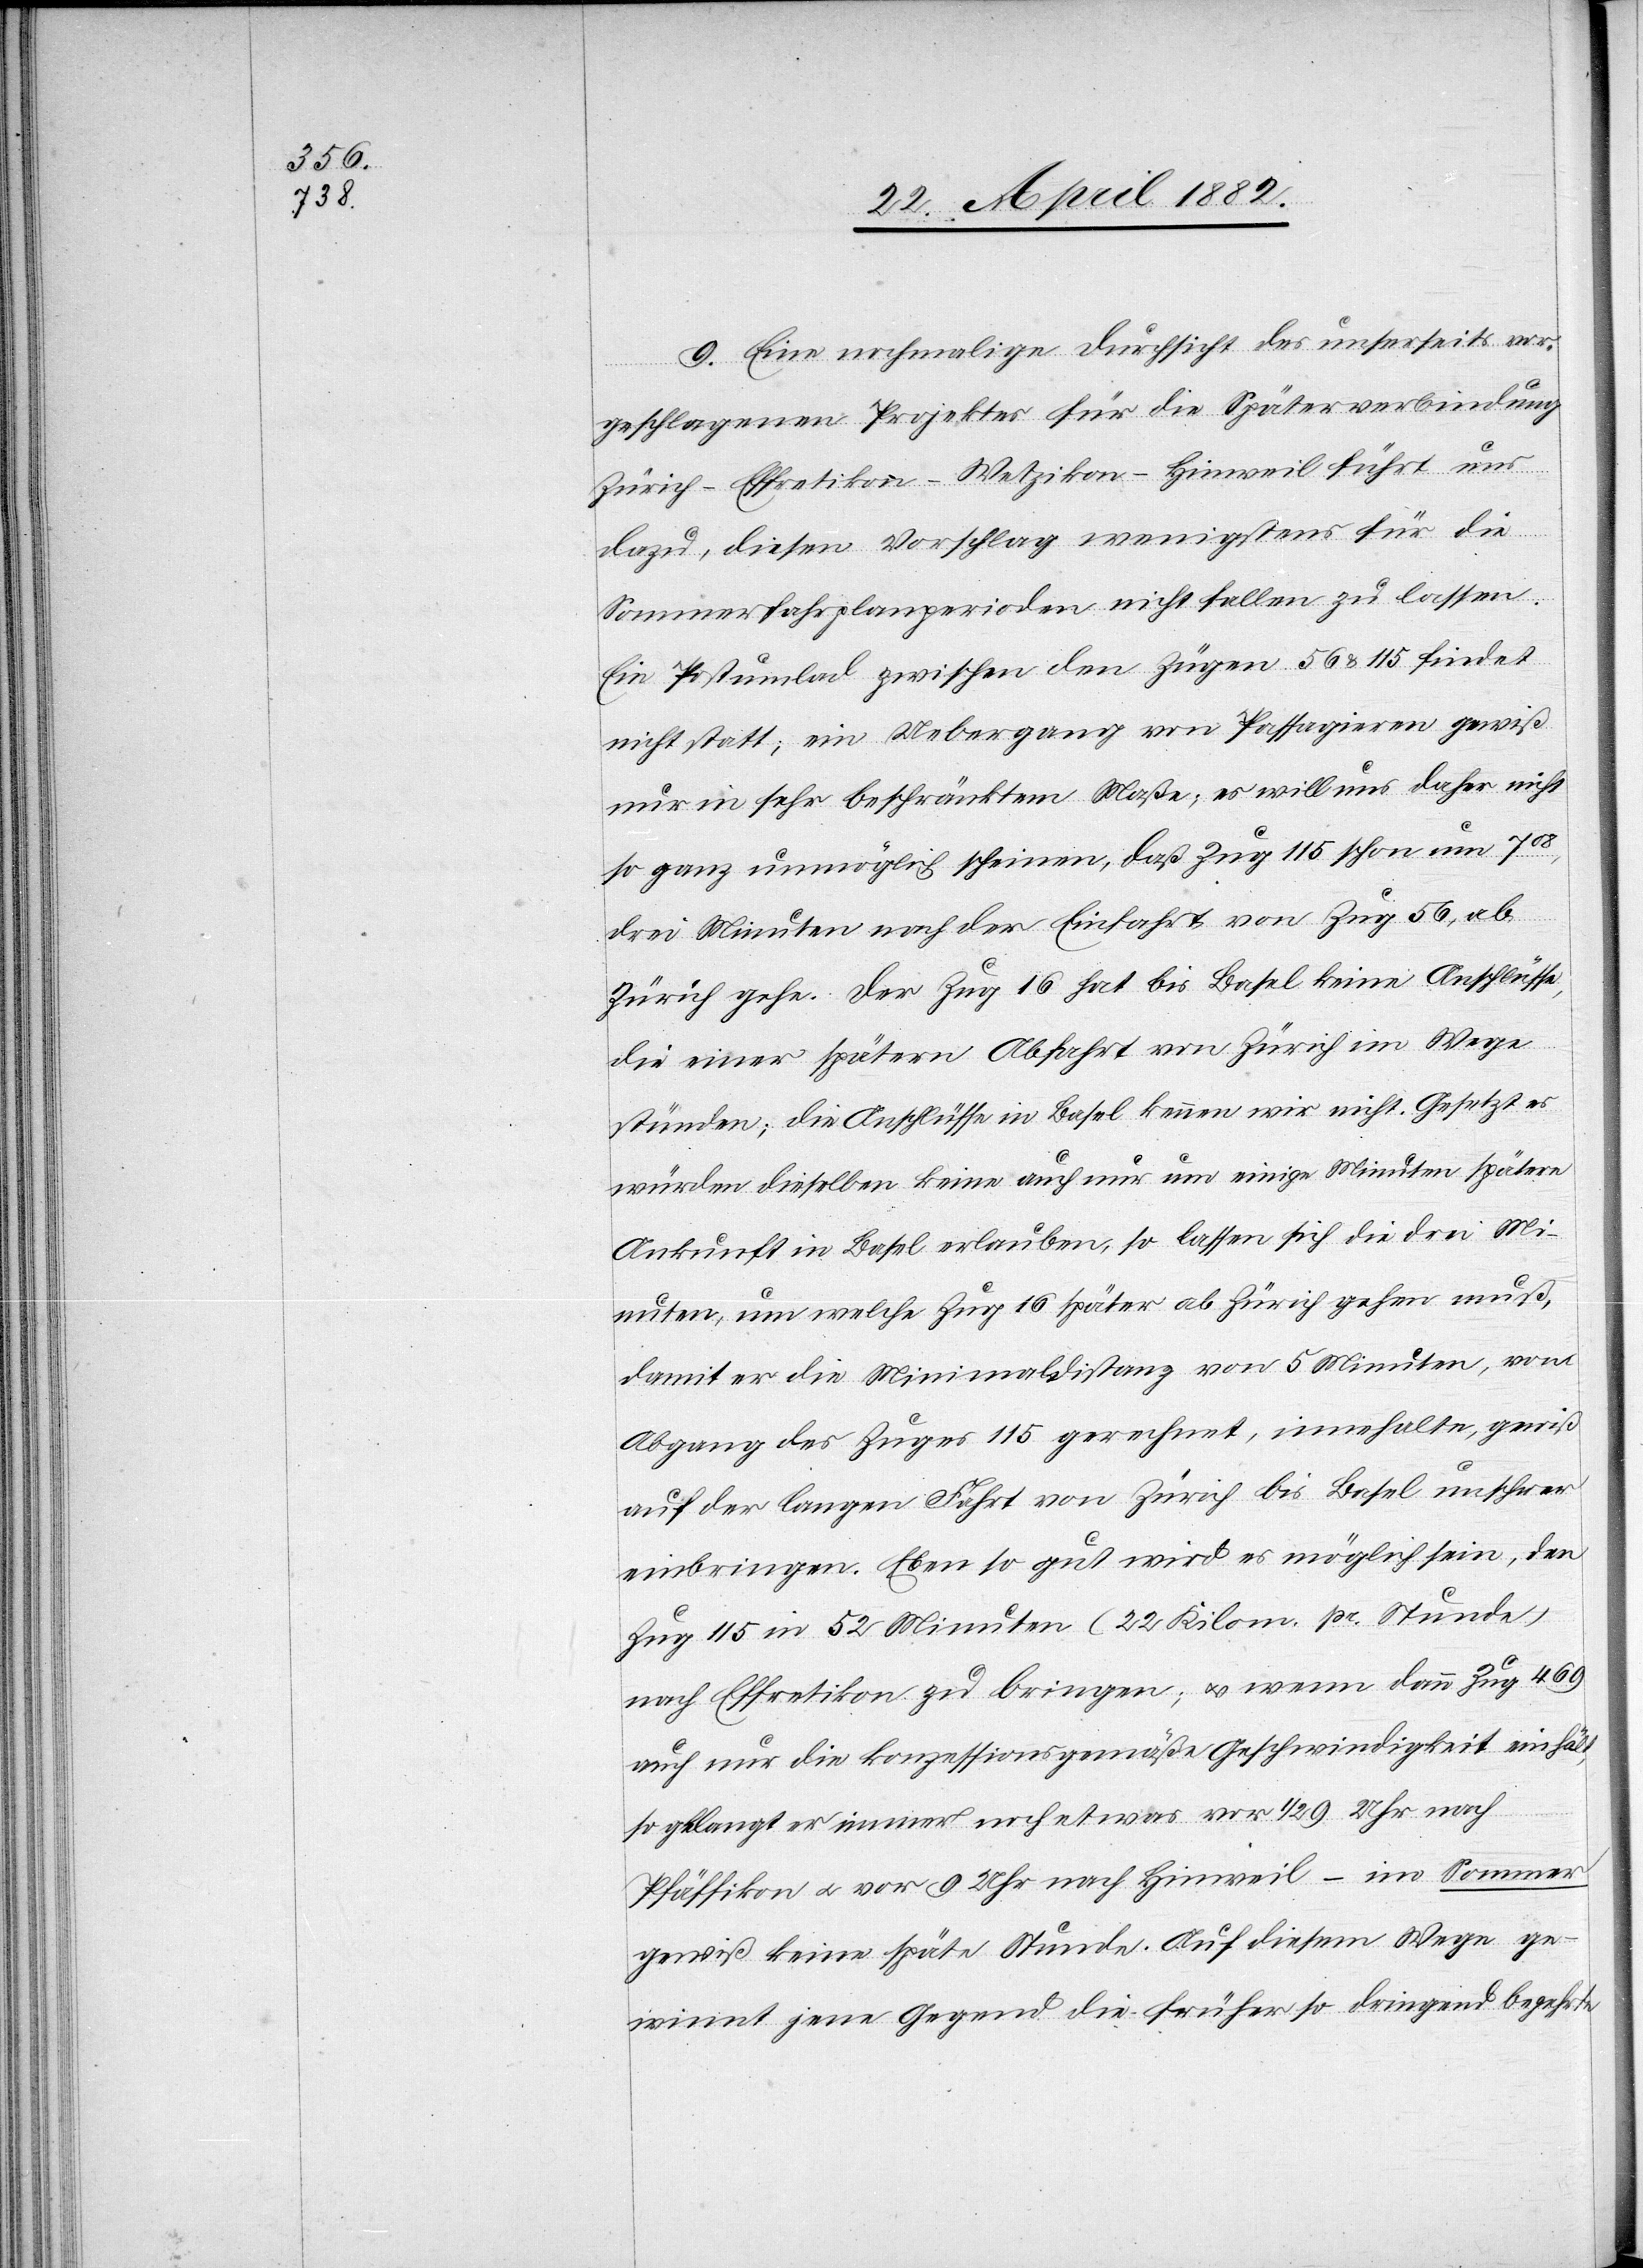
9. Eine nochmalige Durchsicht des unserseits vor¬
geschlagenen Projektes für die Spätverbindung
Zürich–Effretikon–Wetzikon–Hinweil führt nur
dazu, diesen Vorschlag wenigstens für die
Sommerfahrplanperioden nicht fallen zu lassen.
Ein Postumlad zwischen den Zügen 56 & 115 findet
nicht statt; ein Uebergang von Passagieren gewiß
nur in sehr beschränktem Maße; es will uns daher nicht
so ganz unmöglich scheinen, daß Zug 115 schon um 708,
drei Minuten nach der Einfahrt von Zug 56, ab
Zürich gehe. Der Zug 16 hat bis Basel keine Anschlüsse,
die einer spätern Abfahrt von Zürich in Wege
stünden, die Anschlüsse in Basel kennen wir nicht. Gesetzt es
würden dieselben keine auch nur um einige Minuten spätere
Ankunft in Basel erlauben, so lassen sich die drei Mi¬
nuten, um welche Zug 16 später ab Zürich gehen muß,
damit er die Minimaldistanz von 5 Minuten, von
Abgang des Zuges 115 gerechnet, innehalte, gewiß
auf der langen Fahrt von Zürich bis Basel unschwer
einbringen. Eben so gut wird es möglich sein, den
Zug 115 in 52 Minuten (22 Kilom. pr. Stunde),
nach Effretikon zu bringen; u. wenn dann Zug 469
auch nur die konzessionsgemäße Geschwindigkeit einhält,
so gelangt er immer noch etwas vor 1/2 9 Uhr nach
Pfäffikon u. vor 9 Uhr nach Hinweil – im Sommer
gewiß keine späte Stunde. Auf diesem Wege ge¬
winnt jene Gegend die früher so dringend begehrte